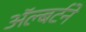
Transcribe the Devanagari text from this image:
ॲल्बर्टने